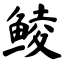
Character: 鲮